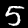
Label: 5